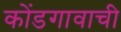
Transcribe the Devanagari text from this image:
कोंडगावाची